Annual report of the Madras Medical College
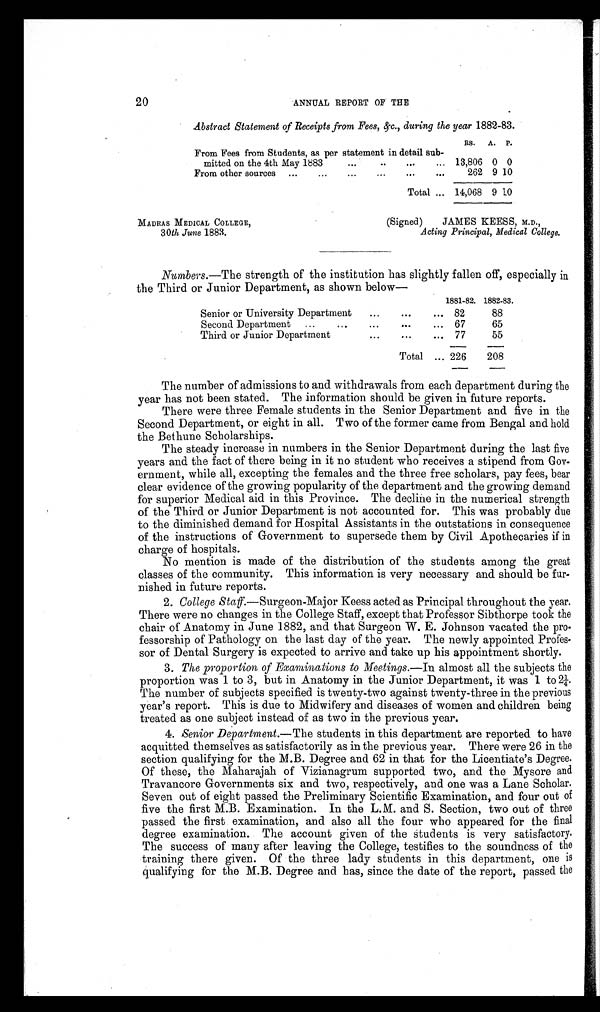
20
ANNUAL REPORT OF THE
Abstract Statement of Receipts from Fees, &c., during the year 1882-83.
RS.
A. P.
From Fees from Students, as per statement in detail sub
mitted on the 4th May 1883
13,806
0
0
From other sources
262 9 10
Total
14,068 9 10
MADRAS MEDICAL COLLEGE,
(Signed) JAMES KEESS, M.D.,
30th June 1883.
Acting Principal, Medical College.
Numbers.—The strength of the institution has slightly fallen off, especially in
the Third or Junior Department, as shown below
—
1881-82. 1882-83.
Senior or University Department
82
88
Second Department
67
65
Third or Junior Department
77
55
Total
226
208
The number of admissions to and withdrawals from each department during the
year has not been stated. The information should be given in future reports.
There were three Female students in the Senior Department and five in the
Second Department, or eight in all. Two of the former came from Bengal and hold
the Bethune Scholarships.
The steady increase in numbers in the Senior Department during the last five
years and the fact of there being in it no student who receives a stipend from Gov
ernment, while all, excepting the females and the three free scholars, pay fees, bear
clear evidence of the growing popularity of the department and the growing demand
for superior Medical aid in this Province. The decline in the numerical strength
of the Third or Junior Department is not accounted for. This was probably due
to the diminished demand for Hospital Assistants in the outstations in consequence
of the instructions of Government to supersede them by Civil Apothecaries if in
charge of hospitals.
No mention is made of the distribution of the students among the great
classes of the community. This information is very necessary and should, be fur
nished in future reports.
2. College Staff.—Surgeon-Major Keess acted as Principal throughout the year.
There were no changes in the College Staff, except that Professor Sibthorpe took the
chair of Anatomy in June 1882, and that Surgeon W. E. Johnson vacated the pro
fessorship of Pathology on the last day of the year. The newly appointed Profes
sor of Dental Surgery is expected to arrive and take up his appointment shortly.
3.
The proportion of Examinations to Meetings. —In almost all the subjects the
proportion was 1 to 3, but in Anatomy in the Junior Department, it was 1 to¼
The number of subjects specified is twenty-two against twenty-three in the previous
year's report. This is due to Midwifery and diseases of women and children being
treated as one subject instead of as two in the previous year.
4.
Senior Department. —The students in this department are reported to have
acquitted themselves as satisfactorily as in the previous year. There were 26 in the
section qualifying for the M.B. Degree and 62 in that for the Licentiate's Degree.
Of these, the Maharajah of Vizianagrum supported two, and the Mysore and
Travancore Governments six and two, respectively, and one was a Lane Scholar.
Seven out of eight passed the Preliminary Scientific Examination, and four out of
five the first M.B. Examination. In the L.M. and S. Section, two out of three
passed the first examination, and also all the four who appeared for the final
degree examination. The account given of the students is very satisfactory.
The success of many after leaving the College, testifies to the soundness of the
training there given. Of the three lady students in this department, one is
qualifying for the M.B. Degree and has, since the date of the report, passed the